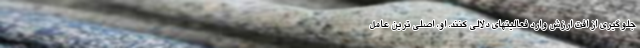
جلوگیری از افت ارزش وارد فعالیتهای دلالی کنند. او، اصلی ترین عامل